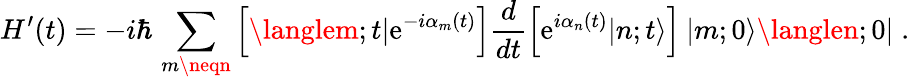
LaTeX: H^{\prime}(t)=-i\hbar\, \sum_{m\neqn}\left[\langlem;t|\mathrm{e}^{-i\alpha_{m}(t)}\right]\frac{{d}}{{dt}}\left[\mathrm{e}^{i\alpha_{n}(t)}|n;t\rangle\right]\: |m;0\rangle\langlen;0|\; .